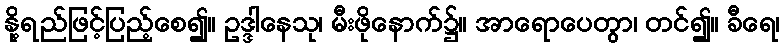
နို့ရည်ဖြင့်ပြည့်စေ၍။ ဥဒ္ဒါနေသု၊ မီးဖိုနောက်၌။ အာရောပေတွာ၊ တင်၍။ ခီရေ၊